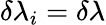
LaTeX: \delta\lambda_{i}=\delta\lambda